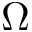
\Omega